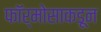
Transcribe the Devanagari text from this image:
फॉर्मोसाकडून